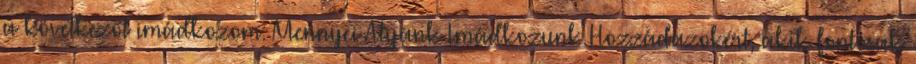
a következőt imádkozom: Mennyei Atyánk Imádkozunk Hozzádazokért, akik fontosak